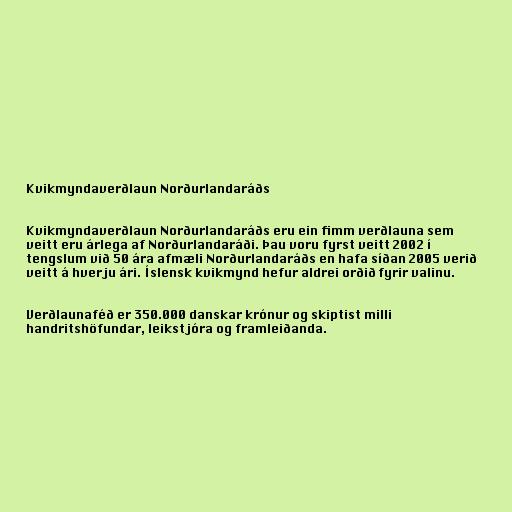
Kvikmyndaverðlaun Norðurlandaráðs

Kvikmyndaverðlaun Norðurlandaráðs eru ein fimm verðlauna sem
veitt eru árlega af Norðurlandaráði. Þau voru fyrst veitt 2002 í
tengslum við 50 ára afmæli Norðurlandaráðs en hafa síðan 2005 verið
veitt á hverju ári. Íslensk kvikmynd hefur aldrei orðið fyrir valinu.

Verðlaunaféð er 350.000 danskar krónur og skiptist milli
handritshöfundar, leikstjóra og framleiðanda.